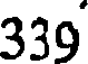
339